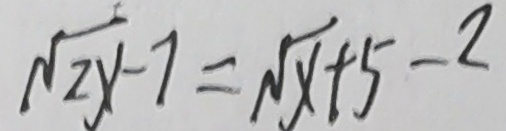
\sqrt { 2 y } - 7 = \sqrt { x } + 5 - 2